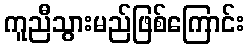
ကူညီသွားမည်ဖြစ်ကြောင်း